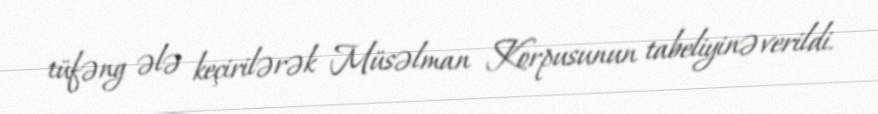
tüfəng ələ keçirilərək Müsəlman Korpusunun tabeliyinə verildi.